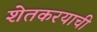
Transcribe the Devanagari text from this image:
शेतकरयाची